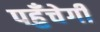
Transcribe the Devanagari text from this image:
पहुँचेगी